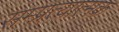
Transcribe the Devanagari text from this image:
सम्प्रत्यात्मक